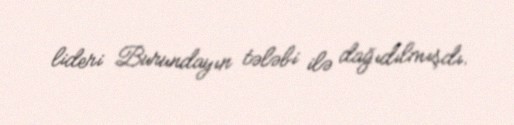
lideri Burundayın tələbi ilə dağıdılmışdı.